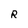
Character: R